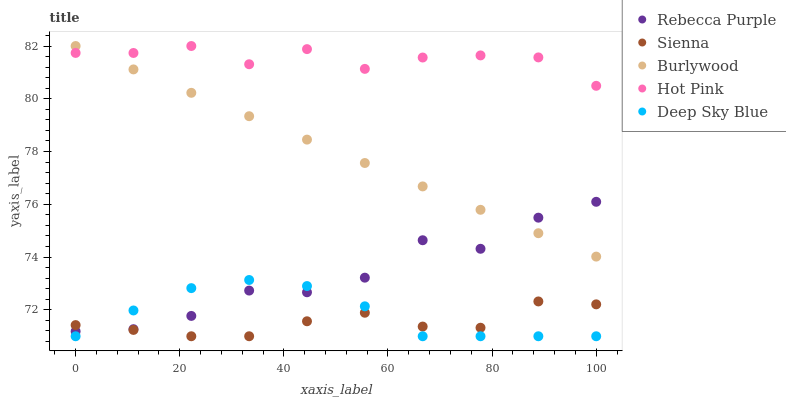
| xaxis_label | Rebecca Purple | Sienna | Burlywood | Hot Pink | Deep Sky Blue |
 | --- | --- | --- | --- | --- | --- |
 | 0 | 71.2 | 71.4 | 82 | 81.7 | 71 |
 | 11.1 | 71.3 | 71.2 | 81.1 | 81.7 | 72 |
 | 22.2 | 71.8 | 71 | 80.2 | 82 | 72.8 |
 | 33.3 | 72.7 | 71 | 79.3 | 81.3 | 73.1 |
 | 44.4 | 72.7 | 71.6 | 78.5 | 81.9 | 72.9 |
 | 55.6 | 73.2 | 71.9 | 77.6 | 81.1 | 72.1 |
 | 66.7 | 74.6 | 71.4 | 76.7 | 81.6 | 71 |
 | 77.8 | 74.3 | 71.3 | 75.8 | 81.6 | 71 |
 | 88.9 | 75.5 | 72.3 | 74.9 | 81.6 | 71 |
 | 100 | 76.1 | 72.2 | 74 | 80.5 | 71 |